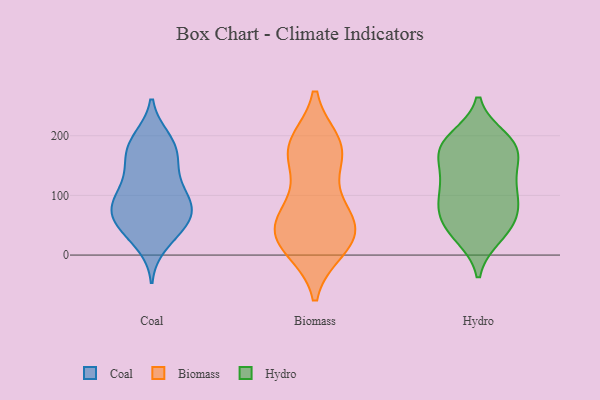
{"axis": {"x": "Population (Million)", "y": "Value"}, "legend": ["Biomass", "Coal", "Hydro"], "data": [{"x": "", "y": 63, "type": "Coal"}, {"x": "", "y": 87, "type": "Coal"}, {"x": "", "y": 196, "type": "Coal"}, {"x": "", "y": 57, "type": "Coal"}, {"x": "", "y": 188, "type": "Coal"}, {"x": "", "y": 90, "type": "Coal"}, {"x": "", "y": 98, "type": "Coal"}, {"x": "", "y": 39, "type": "Coal"}, {"x": "", "y": 37, "type": "Coal"}, {"x": "", "y": 96, "type": "Coal"}, {"x": "", "y": 160, "type": "Coal"}, {"x": "", "y": 193, "type": "Coal"}, {"x": "", "y": 66, "type": "Coal"}, {"x": "", "y": 167, "type": "Coal"}, {"x": "", "y": 128, "type": "Coal"}, {"x": "", "y": 126, "type": "Coal"}, {"x": "", "y": 79, "type": "Coal"}, {"x": "", "y": 63, "type": "Coal"}, {"x": "", "y": 18, "type": "Coal"}, {"x": "", "y": 161, "type": "Coal"}, {"x": "", "y": 187, "type": "Biomass"}, {"x": "", "y": 166, "type": "Biomass"}, {"x": "", "y": 76, "type": "Biomass"}, {"x": "", "y": 40, "type": "Biomass"}, {"x": "", "y": 177, "type": "Biomass"}, {"x": "", "y": 92, "type": "Biomass"}, {"x": "", "y": 169, "type": "Biomass"}, {"x": "", "y": 185, "type": "Biomass"}, {"x": "", "y": 55, "type": "Biomass"}, {"x": "", "y": 11, "type": "Biomass"}, {"x": "", "y": 33, "type": "Biomass"}, {"x": "", "y": 28, "type": "Biomass"}, {"x": "", "y": 12, "type": "Biomass"}, {"x": "", "y": 49, "type": "Biomass"}, {"x": "", "y": 60, "type": "Hydro"}, {"x": "", "y": 37, "type": "Hydro"}, {"x": "", "y": 187, "type": "Hydro"}, {"x": "", "y": 181, "type": "Hydro"}, {"x": "", "y": 87, "type": "Hydro"}, {"x": "", "y": 196, "type": "Hydro"}, {"x": "", "y": 83, "type": "Hydro"}, {"x": "", "y": 31, "type": "Hydro"}, {"x": "", "y": 116, "type": "Hydro"}, {"x": "", "y": 124, "type": "Hydro"}, {"x": "", "y": 40, "type": "Hydro"}, {"x": "", "y": 152, "type": "Hydro"}, {"x": "", "y": 165, "type": "Hydro"}, {"x": "", "y": 88, "type": "Hydro"}, {"x": "", "y": 129, "type": "Hydro"}, {"x": "", "y": 184, "type": "Hydro"}, {"x": "", "y": 71, "type": "Hydro"}, {"x": "", "y": 185, "type": "Hydro"}]}